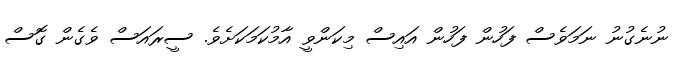
ނުނެގުނު ނަމަވެސް ފަހުން ފަހުން އައިސް މިކަންވީ އާމުކަމަކަށެވެ. ސީރައަސް ވެގެން ގޮސް